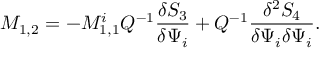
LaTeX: M _ { 1 , 2 } = - M _ { 1 , 1 } ^ { i } Q ^ { - 1 } \frac { \delta S _ { 3 } } { \delta \Psi _ { i } } + Q ^ { - 1 } \frac { \delta ^ { 2 } S _ { 4 } } { \delta \Psi _ { i } \delta \Psi _ { i } } .